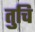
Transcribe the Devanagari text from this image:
तुचि